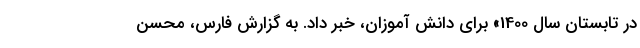
در تابستان سال 1400» برای دانش آموزان، خبر داد. به گزارش فارس، محسن